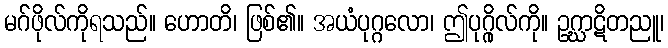
မဂ်ဖိုလ်ကိုရသည်။ ဟောတိ၊ ဖြစ်၏။ အယံပုဂ္ဂလော၊ ဤပုဂ္ဂိုလ်ကို။ ဥဂ္ဃာဋိတညူ၊